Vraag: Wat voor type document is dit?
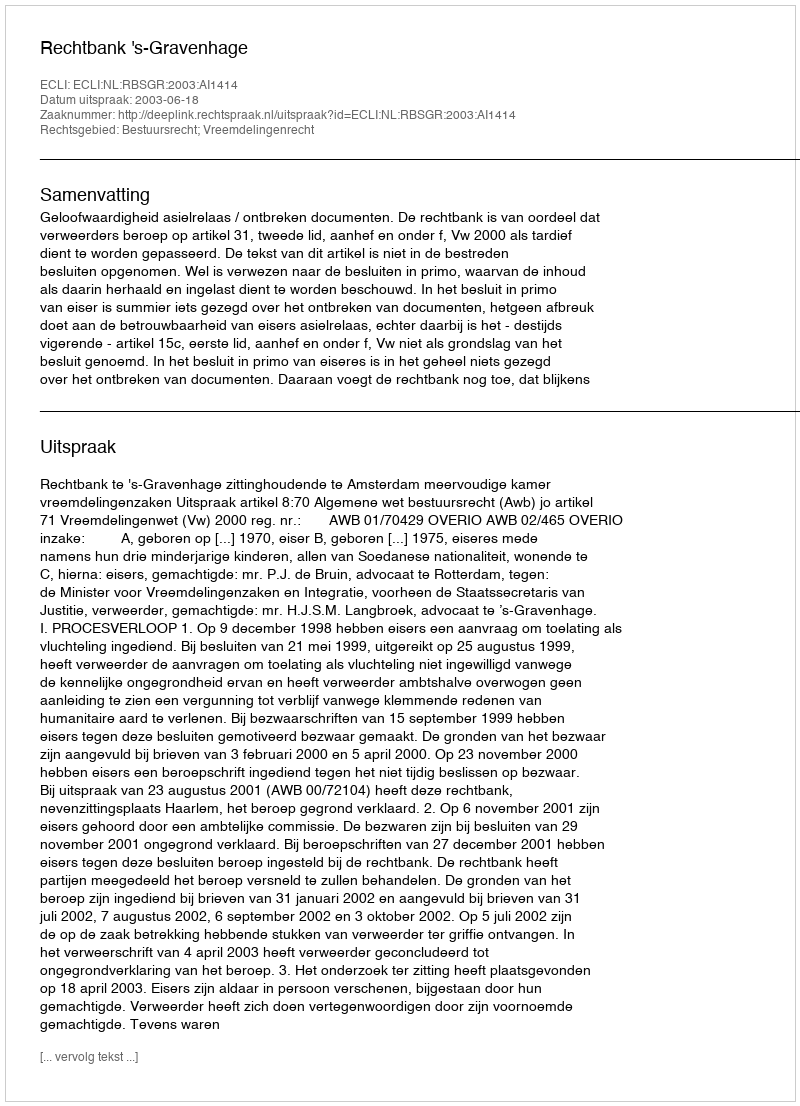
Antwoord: Uitspraak